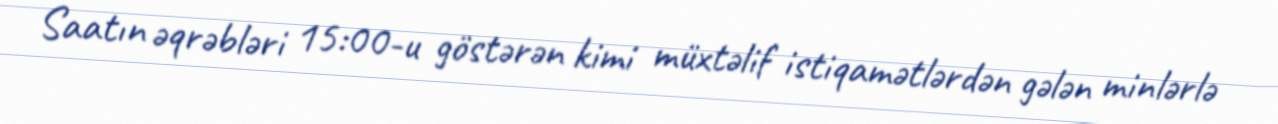
Saatın əqrəbləri 15:00-u göstərən kimi müxtəlif istiqamətlərdən gələn minlərlə